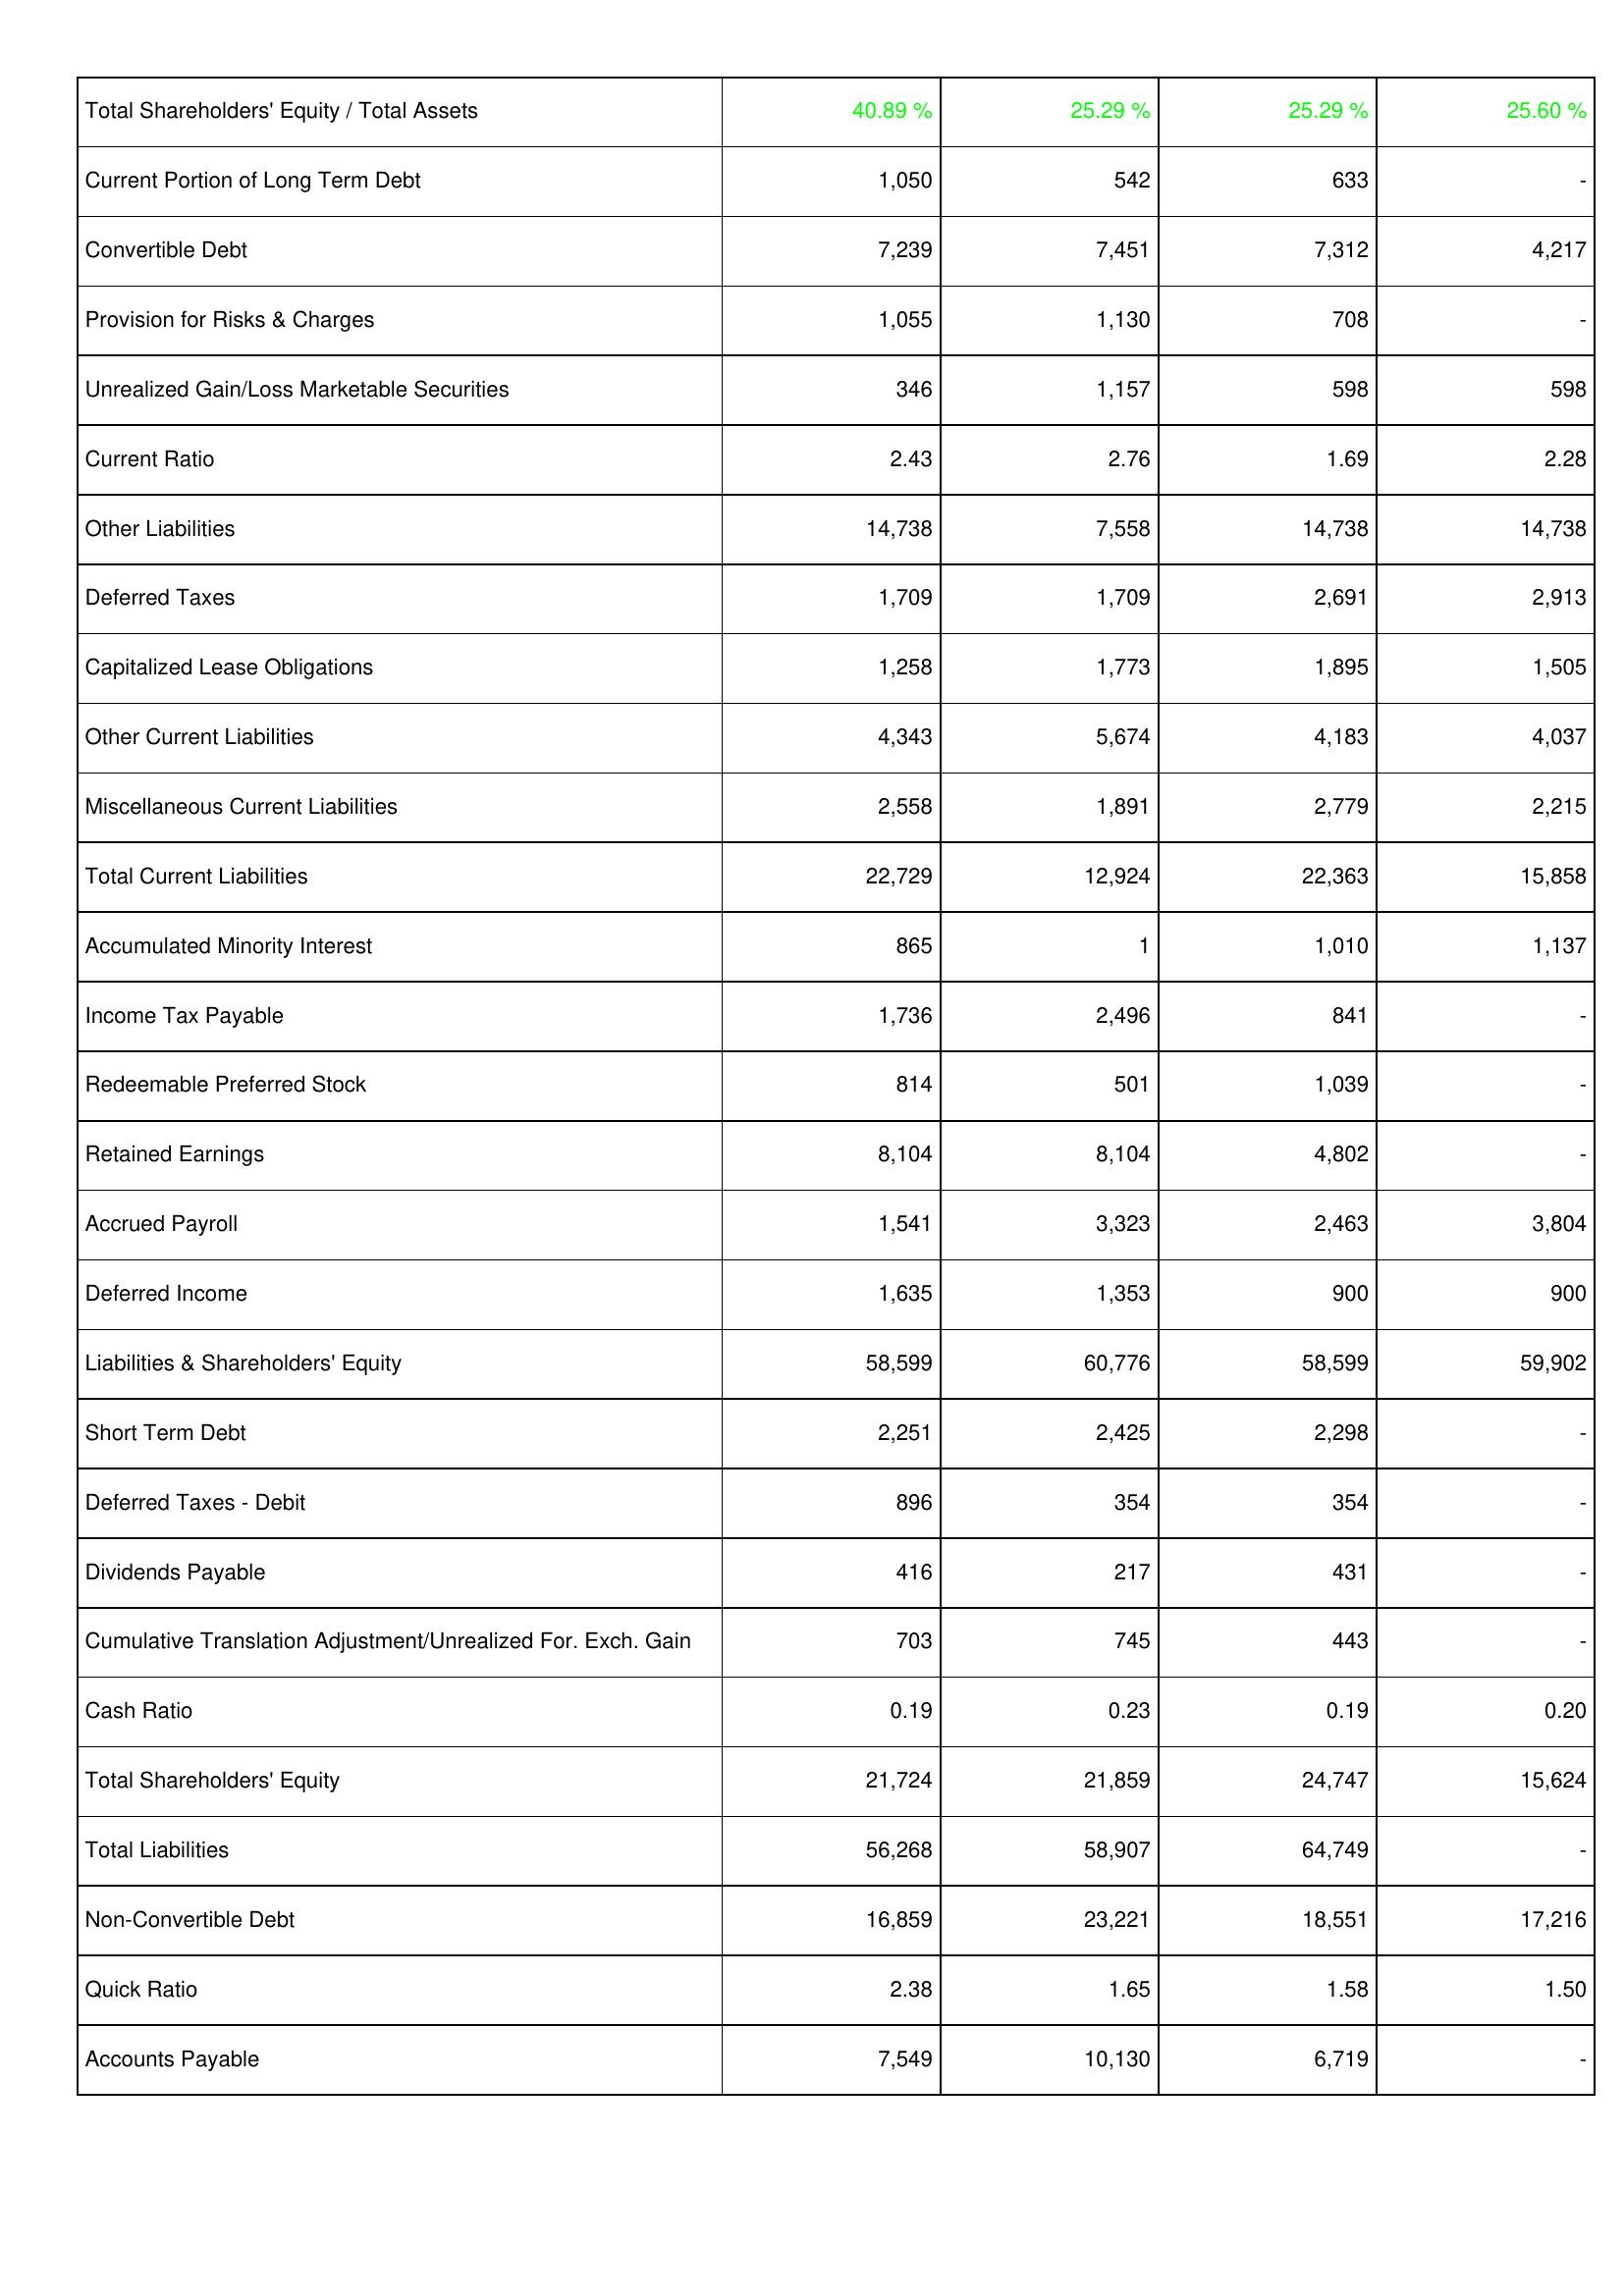
2005: Liabilities & Shareholders' Equity: Total Shareholders' Equity / Total Assets: 40.89 %
Current Portion of Long Term Debt: 1,050
Convertible Debt: 7,239
Provision for Risks & Charges: 1,055
Unrealized Gain/Loss Marketable Securities: 346
Current Ratio: 2.43
Other Liabilities: 14,738
Deferred Taxes: 1,709
Capitalized Lease Obligations: 1,258
Other Current Liabilities: 4,343
Miscellaneous Current Liabilities: 2,558
Total Current Liabilities: 22,729
Accumulated Minority Interest: 865
Income Tax Payable: 1,736
Redeemable Preferred Stock: 814
Retained Earnings: 8,104
Accrued Payroll: 1,541
Deferred Income: 1,635
Liabilities & Shareholders' Equity: 58,599
Short Term Debt: 2,251
Deferred Taxes - Debit: 896
Dividends Payable: 416
Cumulative Translation Adjustment/Unrealized For. Exch. Gain: 703
Cash Ratio: 0.19
Total Shareholders' Equity: 21,724
Total Liabilities: 56,268
Non-Convertible Debt: 16,859
Quick Ratio: 2.38
Accounts Payable: 7,549
2006: Liabilities & Shareholders' Equity: Total Shareholders' Equity / Total Assets: 25.29 %
Current Portion of Long Term Debt: 542
Convertible Debt: 7,451
Provision for Risks & Charges: 1,130
Unrealized Gain/Loss Marketable Securities: 1,157
Current Ratio: 2.76
Other Liabilities: 7,558
Deferred Taxes: 1,709
Capitalized Lease Obligations: 1,773
Other Current Liabilities: 5,674
Miscellaneous Current Liabilities: 1,891
Total Current Liabilities: 12,924
Accumulated Minority Interest: 1
Income Tax Payable: 2,496
Redeemable Preferred Stock: 501
Retained Earnings: 8,104
Accrued Payroll: 3,323
Deferred Income: 1,353
Liabilities & Shareholders' Equity: 60,776
Short Term Debt: 2,425
Deferred Taxes - Debit: 354
Dividends Payable: 217
Cumulative Translation Adjustment/Unrealized For. Exch. Gain: 745
Cash Ratio: 0.23
Total Shareholders' Equity: 21,859
Total Liabilities: 58,907
Non-Convertible Debt: 23,221
Quick Ratio: 1.65
Accounts Payable: 10,130
2007: Liabilities & Shareholders' Equity: Total Shareholders' Equity / Total Assets: 25.29 %
Current Portion of Long Term Debt: 633
Convertible Debt: 7,312
Provision for Risks & Charges: 708
Unrealized Gain/Loss Marketable Securities: 598
Current Ratio: 1.69
Other Liabilities: 14,738
Deferred Taxes: 2,691
Capitalized Lease Obligations: 1,895
Other Current Liabilities: 4,183
Miscellaneous Current Liabilities: 2,779
Total Current Liabilities: 22,363
Accumulated Minority Interest: 1,010
Income Tax Payable: 841
Redeemable Preferred Stock: 1,039
Retained Earnings: 4,802
Accrued Payroll: 2,463
Deferred Income: 900
Liabilities & Shareholders' Equity: 58,599
Short Term Debt: 2,298
Deferred Taxes - Debit: 354
Dividends Payable: 431
Cumulative Translation Adjustment/Unrealized For. Exch. Gain: 443
Cash Ratio: 0.19
Total Shareholders' Equity: 24,747
Total Liabilities: 64,749
Non-Convertible Debt: 18,551
Quick Ratio: 1.58
Accounts Payable: 6,719
2008: Liabilities & Shareholders' Equity: Total Shareholders' Equity / Total Assets: 25.60 %
Current Portion of Long Term Debt: -
Convertible Debt: 4,217
Provision for Risks & Charges: -
Unrealized Gain/Loss Marketable Securities: 598
Current Ratio: 2.28
Other Liabilities: 14,738
Deferred Taxes: 2,913
Capitalized Lease Obligations: 1,505
Other Current Liabilities: 4,037
Miscellaneous Current Liabilities: 2,215
Total Current Liabilities: 15,858
Accumulated Minority Interest: 1,137
Income Tax Payable: -
Redeemable Preferred Stock: -
Retained Earnings: -
Accrued Payroll: 3,804
Deferred Income: 900
Liabilities & Shareholders' Equity: 59,902
Short Term Debt: -
Deferred Taxes - Debit: -
Dividends Payable: -
Cumulative Translation Adjustment/Unrealized For. Exch. Gain: -
Cash Ratio: 0.20
Total Shareholders' Equity: 15,624
Total Liabilities: -
Non-Convertible Debt: 17,216
Quick Ratio: 1.50
Accounts Payable: -